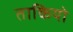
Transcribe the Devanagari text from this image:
ताकियो